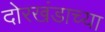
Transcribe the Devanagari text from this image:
दोरखंडाच्या